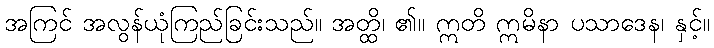
အကြင် အလွန်ယုံကြည်ခြင်းသည်။ အတ္ထိ၊ ၏။ ဣတိ ဣမိနာ ပသာဒေန၊ နှင့်။